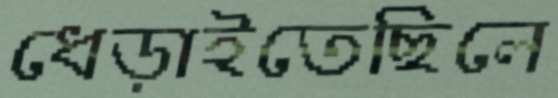
ধেড়াইতেছিলে